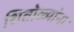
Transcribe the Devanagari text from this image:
शितोळ्यांना